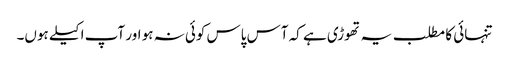
تنہائی کا مطلب یہ تھوڑی ہے کہ آس پاس کوئی نہ ہو اور آپ اکیلے ہوں۔